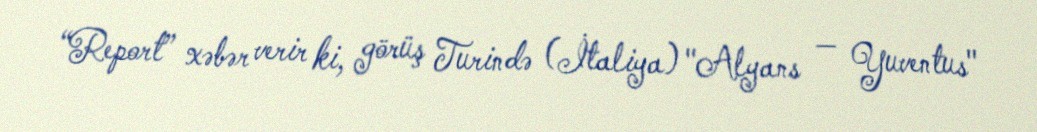
“Report” xəbər verir ki, görüş Turində (İtaliya) "Alyans — Yuventus"